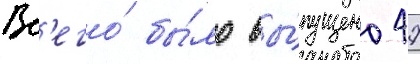
Вс'его́ бы́ло вы́пущено 47